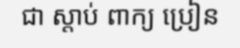
ជា ស្តាប់ ពាក្យ ប្រៀន